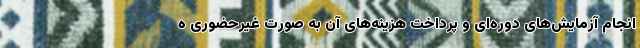
انجام آزمایش‌های دوره‌ای و پرداخت هزینه‌های آن به صورت غیرحضوری ه